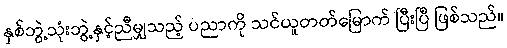
နှစ်ဘွဲ့သုံးဘွဲ့နှင့်ညီမျှသည့် ပညာကို သင်ယူတတ်မြောက် ပြီးပြီ ဖြစ်သည်။